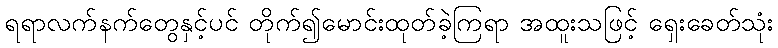
ရရာလက်နက်တွေနှင့်ပင် တိုက်၍မောင်းထုတ်ခဲ့ကြရာ အထူးသဖြင့် ရှေးခေတ်သုံး